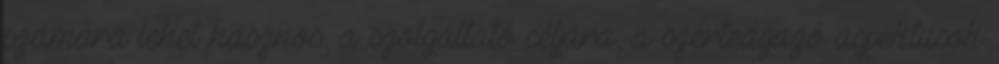
számára lehet hasznos, a szolgáltató céljára, a szerteágazó aspektusok